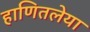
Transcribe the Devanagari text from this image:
हाणितलेया